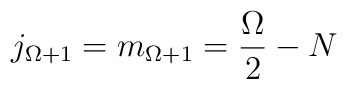
j_{\Omega +1} = m_{\Omega+1} = \frac{\Omega}{2} - N